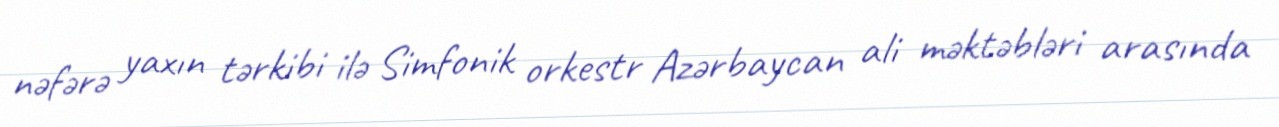
nəfərə yaxın tərkibi ilə Simfonik orkestr Azərbaycan ali məktəbləri arasında